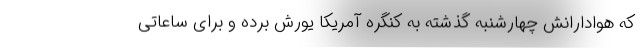
که هوادارانش چهارشنبه گذشته به کنگره آمریکا یورش برده و برای ساعاتی